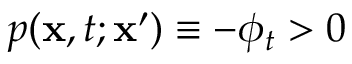
p ( \mathbf { x } , t ; \mathbf { x } ^ { \prime } ) \equiv - \phi _ { t } > 0